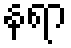
နရာ